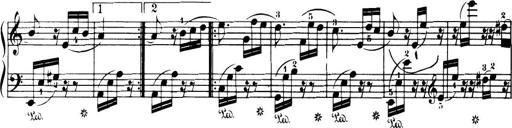
Title: 32 Sonatinas and Rondos for the Piano
Composer: Richard Kleinmichel